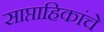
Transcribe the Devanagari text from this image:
साप्ताहिकांचे